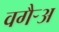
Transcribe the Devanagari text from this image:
वगैर्‍अ